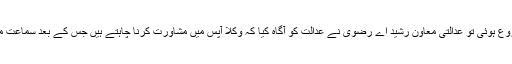
منگل کے روز کیس کی سماعت شروع ہوئی تو عدالتی معاون رشید اے رضوی نے عدالت کو آگاہ کیا کہ وکلا آپس میں مشاورت کرنا چاہتے ہیں جس کے بعد سماعت میں ایک بجے تک کا وقفہ کردیا گیا۔